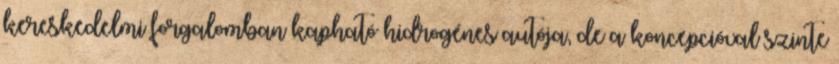
kereskedelmi forgalomban kapható hidrogénes autója, de a koncepcióval szinte